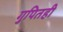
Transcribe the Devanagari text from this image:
गुपितही